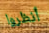
أنظروا